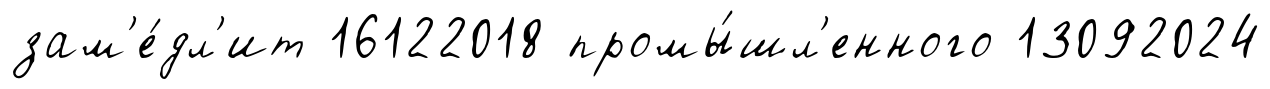
зам'е́дл'ит 16122018 промы́шл'енного 13092024